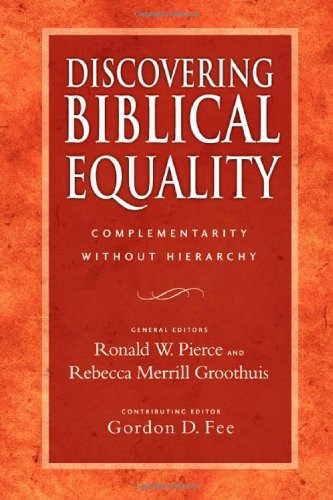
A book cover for Discovering Biblical Equality: Complementarity Without Hierarchy; Christian Books & Bibles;